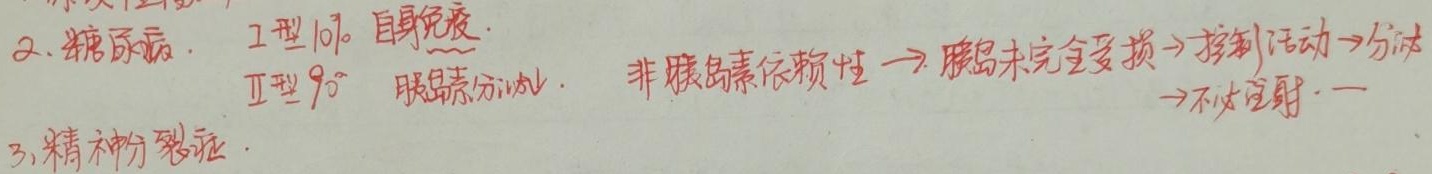
2. 糖尿病：
    - I型 \(10\%\)，自身免疫
    - II型 \(90\%\)，胰岛素分泌\(\downarrow\)，非胰岛素依赖性\(\to\)胰岛未完全受损\(\to\)控制活动\(\to\)分泌\(\to\)不必注射
3. 精神分裂症